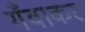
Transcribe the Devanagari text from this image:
गँवाकर